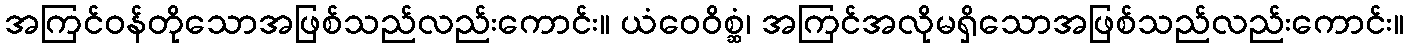
အကြင်ဝန်တိုသောအဖြစ်သည်လည်းကောင်း။ ယံဝေဝိစ္ဆံ၊ အကြင်အလိုမရှိသောအဖြစ်သည်လည်းကောင်း။